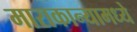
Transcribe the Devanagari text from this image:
माराकान्यामध्ये